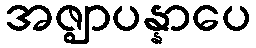
အဇ္ဈာပန္နာပေ